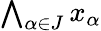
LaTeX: \textstyle\bigwedge_{\alpha\in J}x_{\alpha}